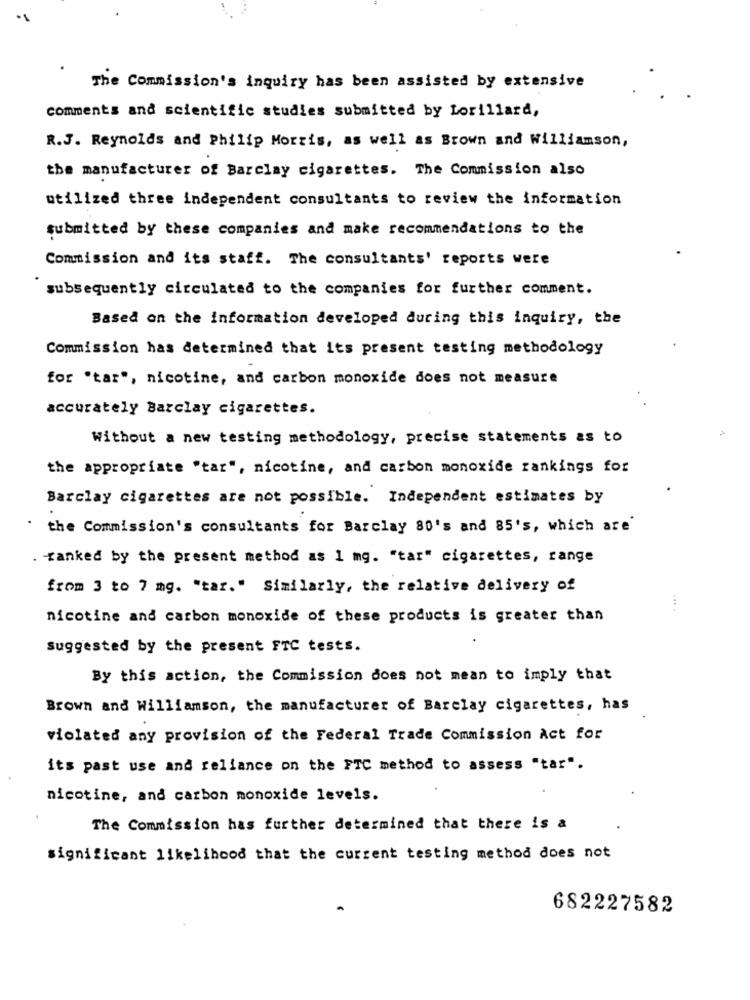
The Commission's inquiry has been assisted by extensive
comments and scientific studies submitted by Lorillard,
R.J. Reynolds and Philip Morris, as well as Brown and Williamson,
the manufacturer of Barclay cigarettes. The Commission also
utilized three independent consultants to review the information
submitted by these companies and make recommendations to the
Commission and its staff. The consultants' reports were
subsequently circulated to the companies for further comment.
Based on the information developed during this inquiry, the
Commission has determined that its present testing methodology
for "tar", nicotine, and carbon monoxide does not measure
accurately Barclay cigarettes.
Without a new testing methodology, precise statements as to
the appropriate "tar", nicotine, and carbon monoxide rankings for
Barclay cigarettes are not possible. Independent estimates by
the Commission's consultants for Barclay 80's and 85's, which are'
. ranked by the present method as 1 mg. "tar" cigarettes, range
from 3 to 7 mg. "tar." Similarly, the relative delivery of
... .
nicotine and carbon monoxide of these products is greater than
Suggested by the present FTC tests.
By this action, the Commission does not mean to imply that
Brown and Williamson, the manufacturer of Barclay cigarettes, has
violated any provision of the Federal Trade Commission Act for
its past use and reliance on the FTC method to assess "tar".
nicotine, and carbon monoxide levels.
The Commission has further determined that there is a
significant likelihood that the current testing method does not
682227582